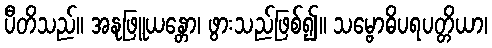
ပီတိသည်။ အနုဖြူယန္တော၊ ဖွားသည်ဖြစ်၍။ သမ္ဗောဓိပရပတ္တိယာ၊